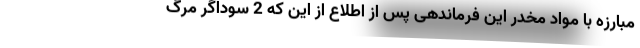
مبارزه با مواد مخدر این فرماندهی پس از اطلاع از این که 2 سوداگر مرگ